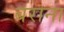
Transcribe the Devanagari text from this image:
बराना